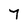
Character: 7